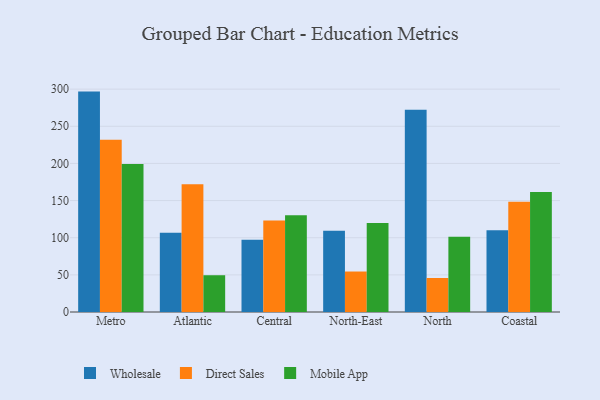
{"axis": {"x": "Region", "y": "Churn Rate (%)"}, "legend": ["Direct Sales", "Mobile App", "Wholesale"], "data": [{"x": "Metro", "y": 296.7, "type": "Wholesale"}, {"x": "Metro", "y": 232.0, "type": "Direct Sales"}, {"x": "Metro", "y": 199.4, "type": "Mobile App"}, {"x": "Atlantic", "y": 106.8, "type": "Wholesale"}, {"x": "Atlantic", "y": 172.0, "type": "Direct Sales"}, {"x": "Atlantic", "y": 49.5, "type": "Mobile App"}, {"x": "Central", "y": 97.1, "type": "Wholesale"}, {"x": "Central", "y": 123.1, "type": "Direct Sales"}, {"x": "Central", "y": 130.4, "type": "Mobile App"}, {"x": "North-East", "y": 109.5, "type": "Wholesale"}, {"x": "North-East", "y": 54.5, "type": "Direct Sales"}, {"x": "North-East", "y": 119.8, "type": "Mobile App"}, {"x": "North", "y": 272.3, "type": "Wholesale"}, {"x": "North", "y": 45.8, "type": "Direct Sales"}, {"x": "North", "y": 101.2, "type": "Mobile App"}, {"x": "Coastal", "y": 110.2, "type": "Wholesale"}, {"x": "Coastal", "y": 148.4, "type": "Direct Sales"}, {"x": "Coastal", "y": 161.5, "type": "Mobile App"}]}